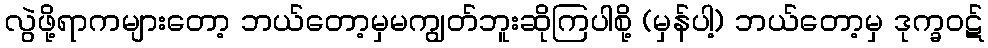
လွဲဖို့ရာကများတော့ ဘယ်တော့မှမကျွတ်ဘူးဆိုကြပါစို့ (မှန်ပါ့) ဘယ်တော့မှ ဒုက္ခဝဋ်